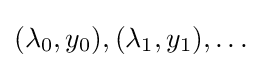
(\lambda _{0},y_{0}),(\lambda _{1},y_{1}),\dots